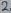
Text: 2